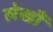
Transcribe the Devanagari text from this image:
लेखौं